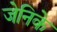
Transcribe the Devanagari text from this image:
जेनिके